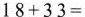
$$18+33 =$$